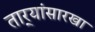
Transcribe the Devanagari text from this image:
तार्‍यांसारखा